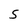
Character: S